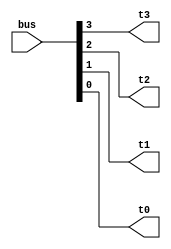
module realbustowire(bus, t3, t2, t1, t0);
	input [3:0] bus;
	output t3, t2, t1, t0;
	
	assign t3 = bus[3];
	assign t2 = bus[2];
	assign t1 = bus[1];
	assign t0 = bus[0];
endmodule